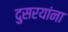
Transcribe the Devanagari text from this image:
दुसरयांना